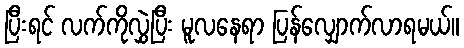
ပြီးရင် လက်ကိုလွှဲပြီး မူလနေရာ ပြန်လျှောက်လာရမယ်။